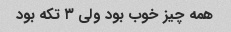
همه چیز خوب بود ولی ۳ تکه بود